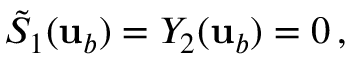
\tilde { S } _ { 1 } ( { \mathbf { u } } _ { b } ) = Y _ { 2 } ( { \mathbf { u } } _ { b } ) = 0 \, ,